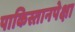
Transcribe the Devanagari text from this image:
पाकिस्तानपेक्षा